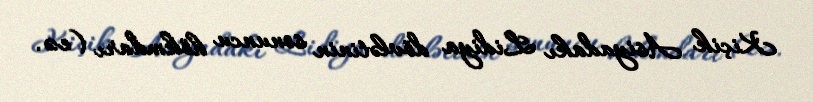
Kiçik Asiyadakı Lidiya dövlətinin sonuncu hökmdarı (e.ə.